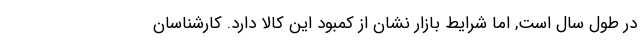
در طول سال است, اما شرایط بازار نشان از کمبود این کالا دارد. کارشناسان